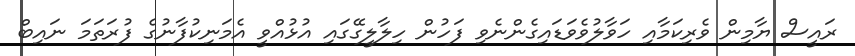
ރައީސް ޔާމިން ވެރިކަމާއި ހަވާލުވެވަޑައިގެންނެވި ފަހުން ހިލާލީގޭގައި އުޅުއްވީ އެމަނިކުފާނުގެ ފުރަތަަމަ ނައިބް